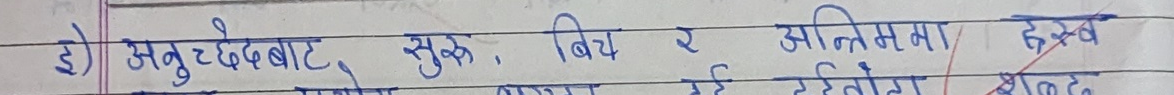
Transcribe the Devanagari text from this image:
३) अनुच्छेदबाट सुरु, बीच र अन्तिममा हस्तक्षेप